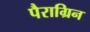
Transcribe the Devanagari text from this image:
पैराग्रिन